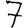
Digit: 7